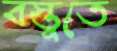
বস্তুতে